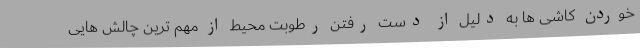
خوردن کاشی ها به دلیل از دست رفتن رطوبت محیط از مهم ترین چالش هایی